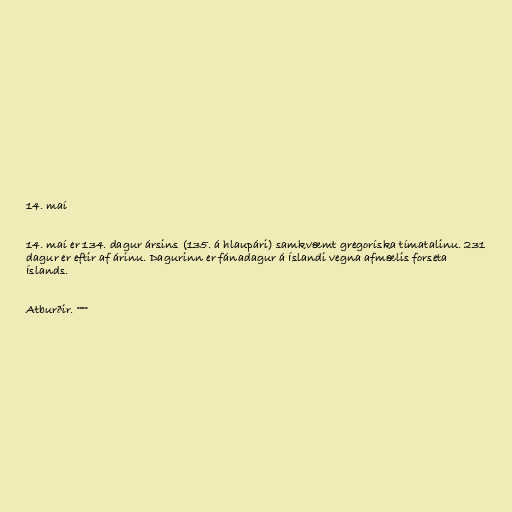
14. maí

14. maí er 134. dagur ársins (135. á hlaupári) samkvæmt gregoríska tímatalinu. 231
dagur er eftir af árinu. Dagurinn er fánadagur á Íslandi vegna afmælis forseta
Íslands.

Atburðir. °°°°